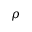
\rho